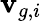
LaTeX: \mathbf{v}_{g,i}